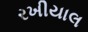
રખીયાલ